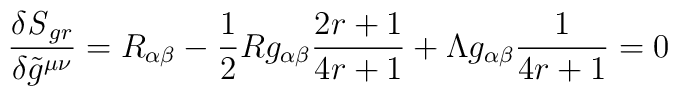
\frac{\delta {\it S}_{gr}}{\delta \tilde g^{\mu \nu}}  = R_{\alpha \beta}  - \frac{1}{2} R g_{\alpha \beta}\frac{2r + 1}{4r + 1} + \Lambda g_{\alpha \beta}\frac{1}{4r + 1}   = 0